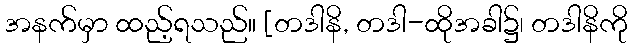
အနက်မှာ ထည့်ရသည်။ [တဒါနိ, တဒါ-ထိုအခါ၌၊ တဒါနိကို